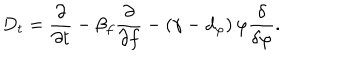
LaTeX: D _ { t } = \frac { \partial } { \partial t } - \beta _ { f } \frac { \partial } { \partial f } - \left( \gamma - d _ { \varphi } \right) \varphi \frac { \delta } { \delta \varphi } .